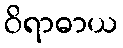
ဝိရာဓာယ